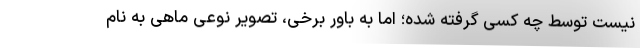
نیست توسط چه کسی گرفته شده؛ اما به باور برخی، تصویر نوعی ماهی به نام